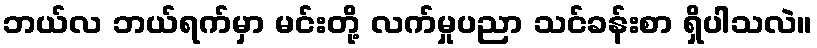
ဘယ်လ ဘယ်ရက်မှာ မင်းတို့ လက်မှုပညာ သင်ခန်းစာ ရှိပါသလဲ။